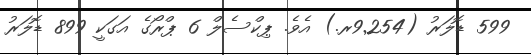
599 ޑޮލަރު (9